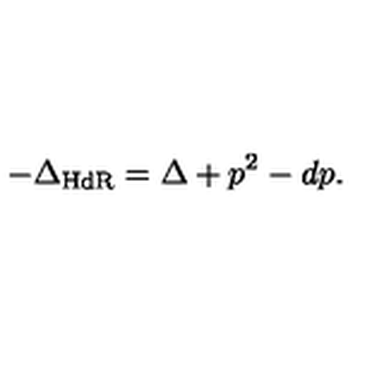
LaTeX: - \Delta _ { \mathrm { H d R } } = \Delta + p ^ { 2 } - d p .